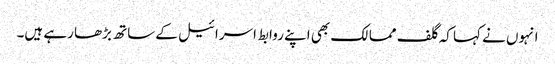
انہوں نے کہا کہ گلف ممالک بھی اپنے روابط اسرائیل کے ساتھ بڑھا رہے ہیں۔